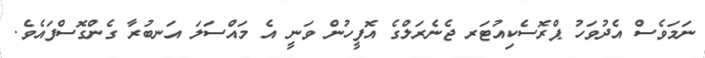
ނަމަވެސް އެދުވަހު ޕްރޮސެކިއުޓަރ ޖެނެރަލްގެ އޮފީހުން ވަނީ އެ މައްސަލަ އަނބުރާ ގެންގޮސްފައެވެ.